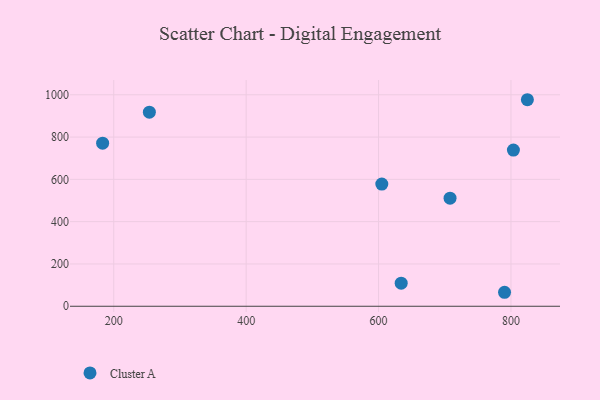
{"axis": {"x": "Price", "y": "Yield"}, "legend": ["Cluster A"], "data": [{"x": "253.8", "y": 917.8, "type": "Cluster A"}, {"x": "634.2", "y": 109.0, "type": "Cluster A"}, {"x": "824.8", "y": 976.6, "type": "Cluster A"}, {"x": "708.0", "y": 511.0, "type": "Cluster A"}, {"x": "790.3", "y": 66.1, "type": "Cluster A"}, {"x": "183.2", "y": 771.2, "type": "Cluster A"}, {"x": "803.7", "y": 738.5, "type": "Cluster A"}, {"x": "604.9", "y": 577.8, "type": "Cluster A"}]}